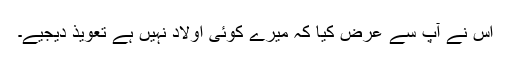
اس نے آپ سے عرض کیا کہ میرے کوئی اولاد نہیں ہے تعویذ دیجیے۔